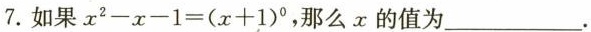
7.如果$$x _ { 2 } - x - 1 =( x + 1 ) ^ { 0 }$$，那么x的值为___。